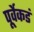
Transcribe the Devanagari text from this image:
पूर्वेकडं